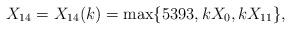
LaTeX: \begin{align*} X_{14} = X_{14}(k) = \max\{5393, kX_0, kX_{11} \},\end{align*}